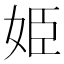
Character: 姫